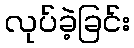
လုပ်ခဲ့ခြင်း